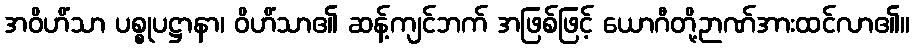
အဝိဟိံသာ ပစ္စုပဋ္ဌာနာ၊ ဝိဟိံသာ၏ ဆန့်ကျင်ဘက် အဖြစ်ဖြင့် ယောဂီတို့ဉာဏ်အားထင်လာ၏။